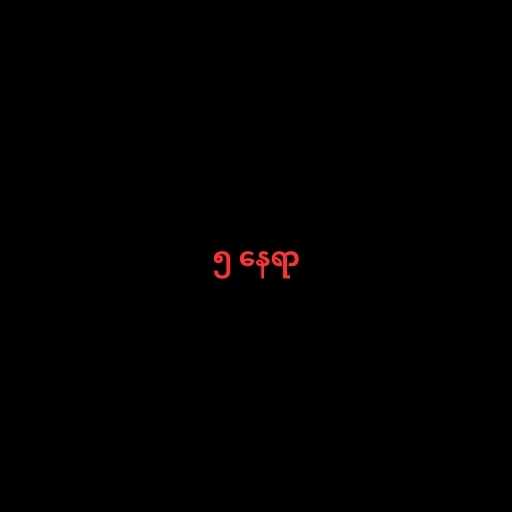
၅ နေရာ